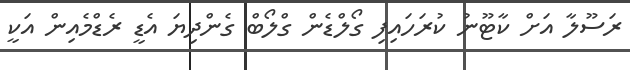
ރަސޫލާ އަށް ކާޓޫނު ކުރަހައިފި ގޯލްޑެން ގްލޯބް ގެންދިޔަ އެޑީ ރެޑްމެއިން އަކީ